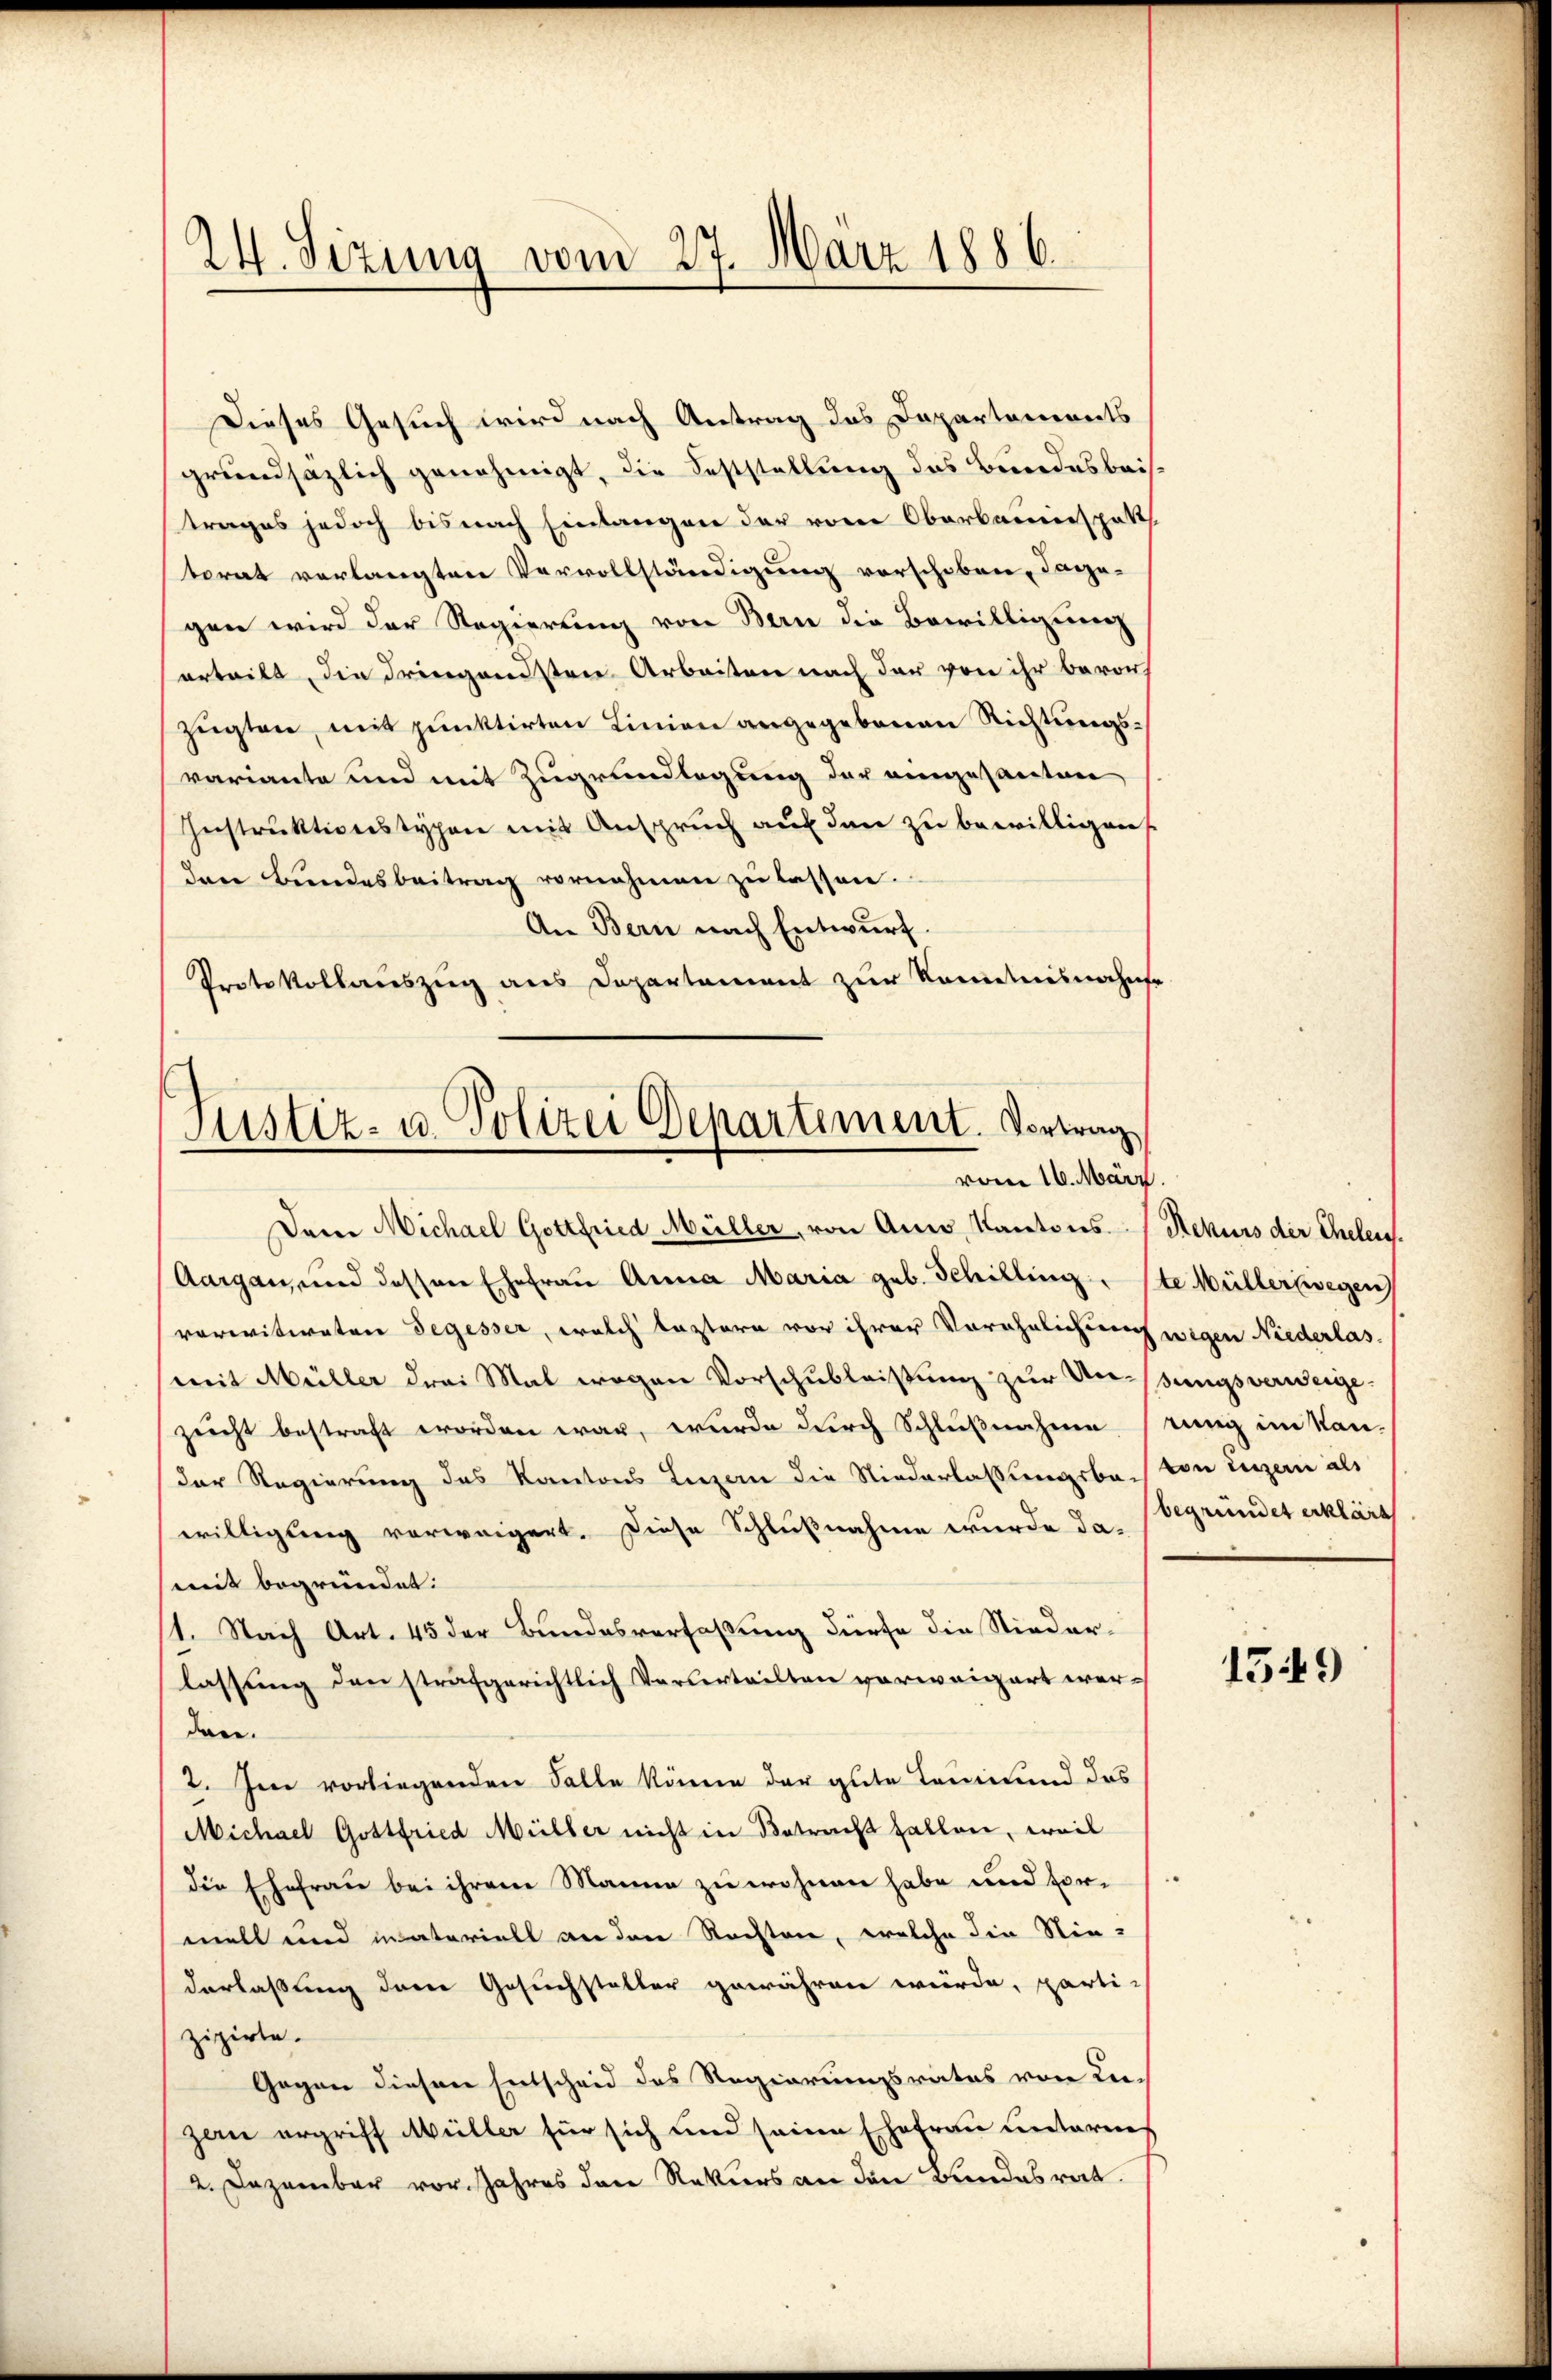
24. Sizung vom 27. März 1886.

Dieses Gesuch wird nach Antrag des Dapartements
grundsäzlich genehmigt, die Feststellung des Bundesbeistrages jedoch bis nach Einlangen der vom Oberbauenspat
torat verlangten Vervollständigung vorschoben, dage-
gen wird der Regierung von Bern die Bewilligung
erteilt, die Friegendsten Arbeiten nach der von ihr bevor-
zügten, mit punktirten Linien angegebenen Richtungsvariante und mit Zugrundlegung der eingesanten
Instruktionstypen mit Anspruch auf den zu bewilligen
den Bundesbeitrag vornehmen zu lassen.
An Bern nach Entwurf.
Protokollauszug aus Departement zur Kenntnisnahme

Justiz- u. Polizei Departement. Vortrag
vom 16. März

Dem Michael Gottfried Müller, von Auw, Kantons Rekurs der Ehelen.
Aargau, und dessen Ehefrau Anna Maria geb. Schilling. ste Müller wegen
verwitweten Segesser, welch lastern vor ihrer Vorähnlichung wegen Niederlas-
mit Müller drei Mal wegen Vorschubleistung zur Unsungsverweigezucht bestraft worden war, wurde durch Schlußnahme stung im Kan-
Der Regierung des Kantons Luzern die Niederlassungsba, von Luzern als
willigung verweigert. Diese Schlußnahme wurde da. begründet erklärt
mit begründet.
1. Nach Art. 45 der Bundesverfaßung dürfe die Niederlassung den strafgerichtlich Verurteilten vorweigert werdare.
2. Im vorliegenden Falle könne der gute Leumund das
Michael Gottfried Müller nicht in Betracht fallen, weil
die Ehefrau bei ihrem Manne zu wohnen habe und vormell und materiell an dere Rechten, welche die Nie-
derlaßung dere Gesuchsteller gewähren würde, parti-
zizirte.
Gegen diesen Entscheid des Regierungsrates von Lezan ergriff Müller für sich und seine Ehefrau untermes
2. Dezember vor. Jahres den Rekurs an den Bundesrat.

1549